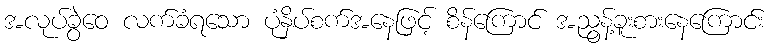
အလုပ်ခွဲဝေ လက်ခံရသော ပုံနှိပ်စက်အနေဖြင့် စိန်ကြောင် အညွန့်ခူးစားနေကြောင်း